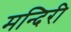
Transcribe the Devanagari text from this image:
मन्दिरी